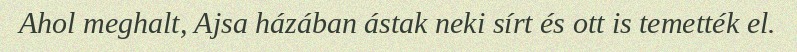
Ahol meghalt, Ajsa házában ástak neki sírt és ott is temették el.